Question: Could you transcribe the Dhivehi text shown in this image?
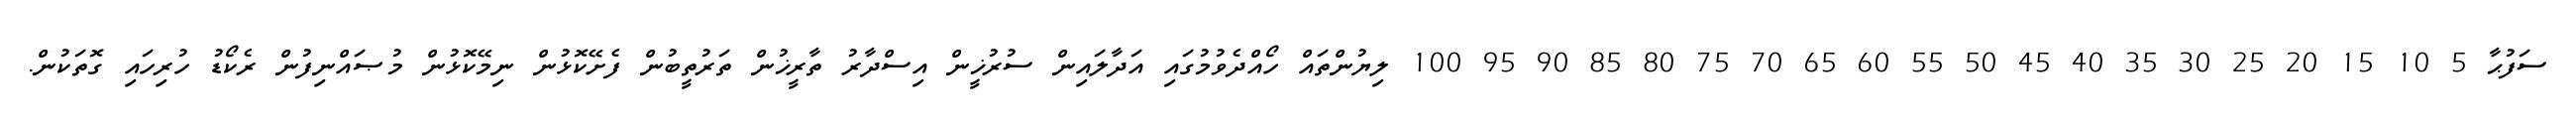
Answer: ސަފުޙާ 5 10 15 20 25 30 35 40 45 50 55 60 65 70 75 80 85 90 95 100 ލިޔުންތައް ހޯއްދެވުމުގައި އަދާލައިން ސުރުޚީން އިސްދާރު ތާރީޚުން ތަރުތީބުން ފެށޭކޮޅުން ނިމޭކޮޅުން މުޞައްނިފުން ރެކޯޑު ހުރިހައި ގޮތަކުން.